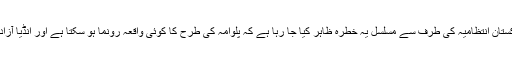
کشمیر کی تازہ ترین صورتحال یہ ہے کہ پاکستان انتظامیہ کی طرف سے مسلسل یہ خطرہ ظاہر کیا جا رہا ہے کہ پلوامہ کی طرح کا کوئی واقعہ رونما ہو سکتا ہے اور انڈیا آزاد کشمیر ،گلگت بلتستان پر حملہ کر سکتا ہے۔